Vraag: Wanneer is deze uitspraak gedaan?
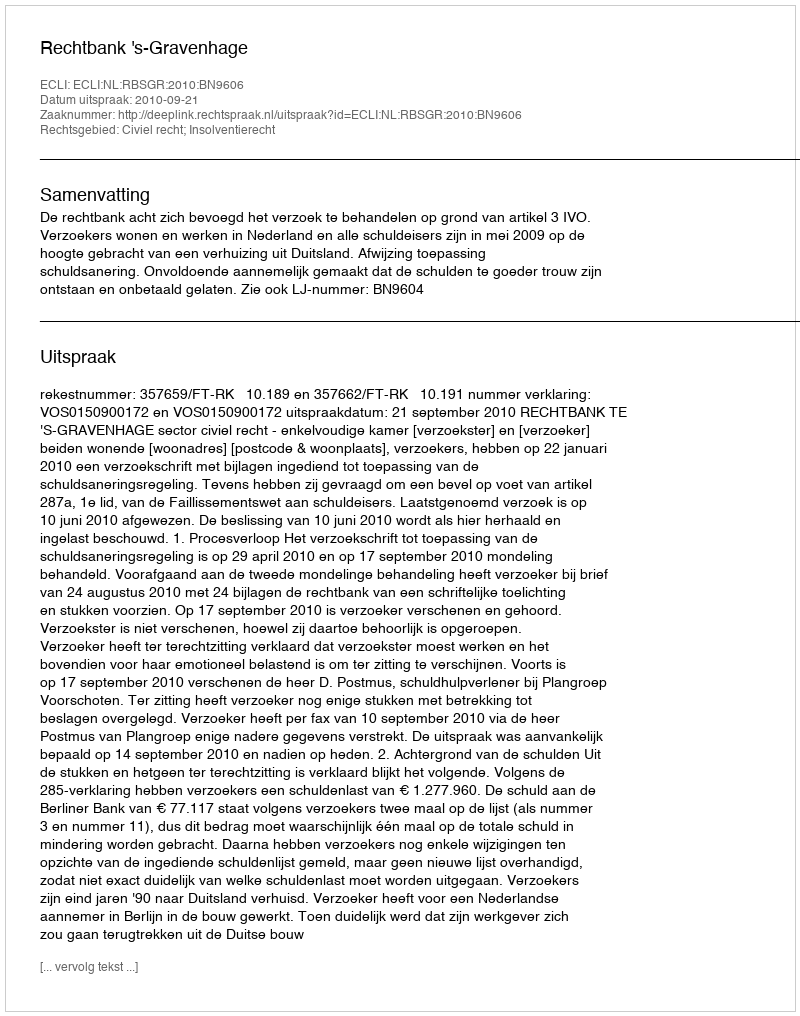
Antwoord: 2010-09-21